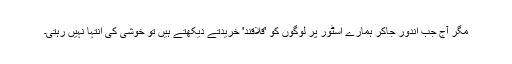
مگر آج جب اندور جاکر ہمارے اسٹور پر لوگوں کو 'قلاقند' خریدتے دیکھتے ہیں تو خوشی کی انتہا نہیں رہتی۔